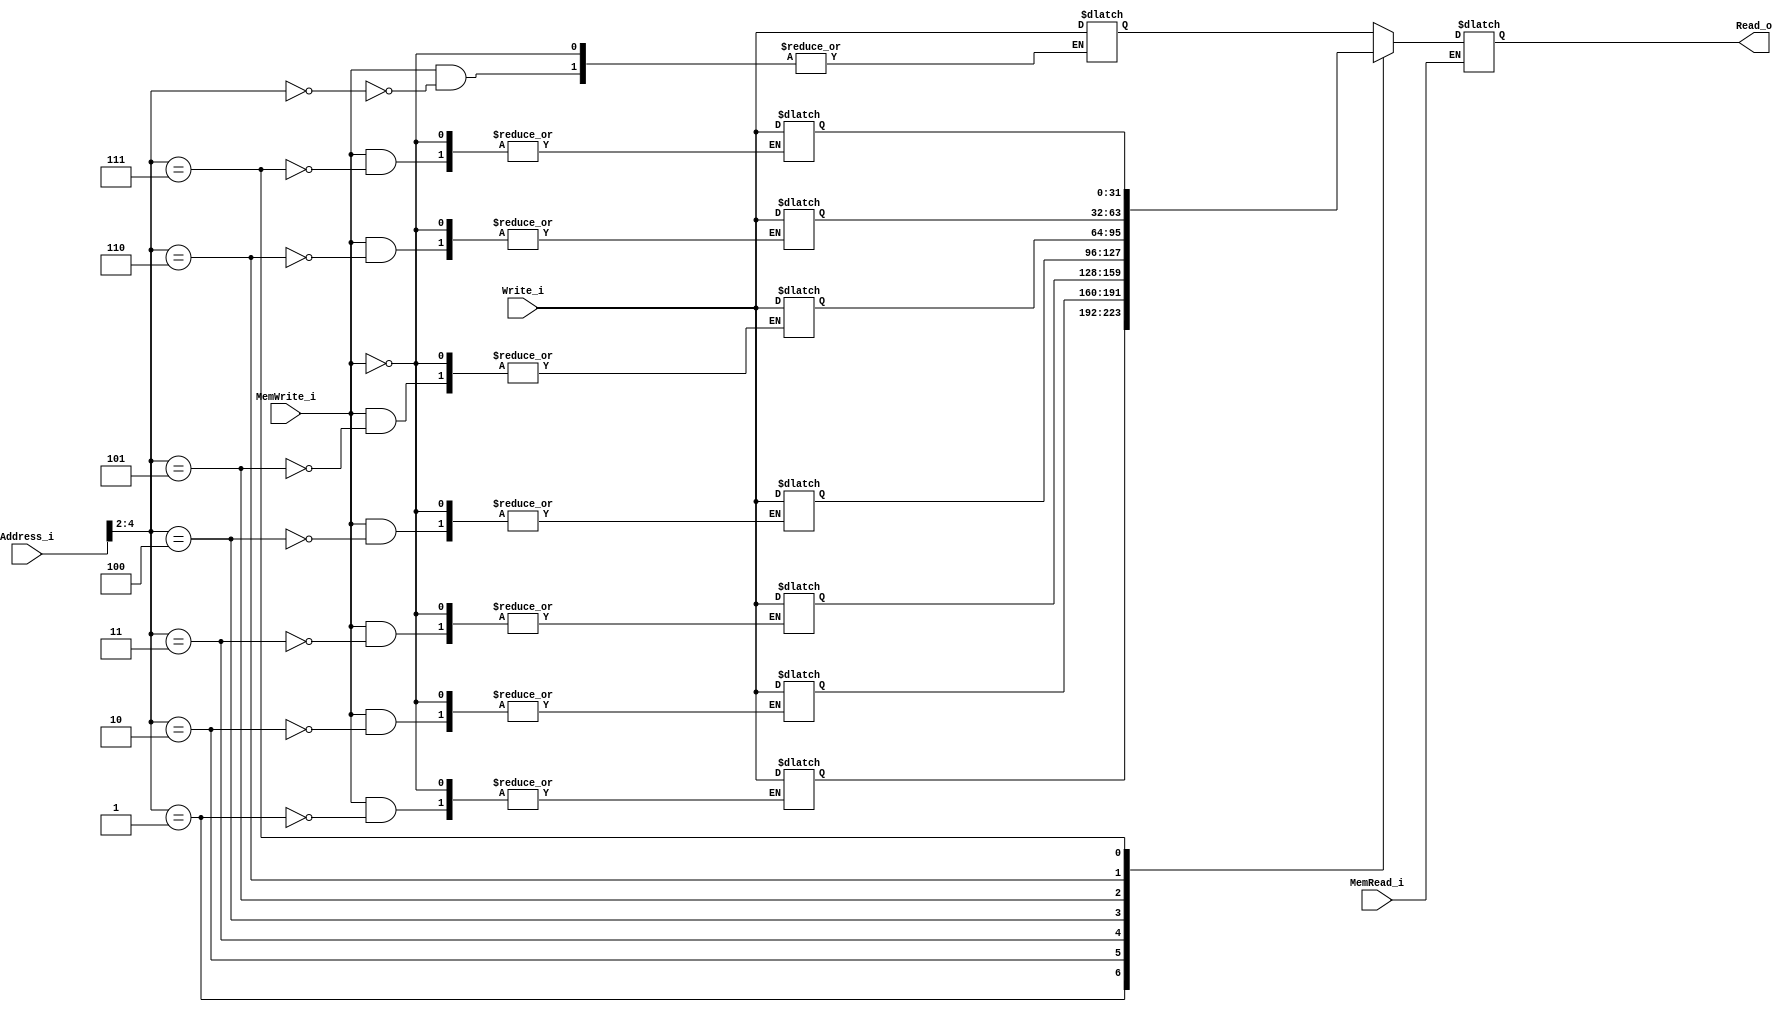
module Data_Memory
(
	Address_i,
	Write_i,
	MemWrite_i,
	MemRead_i,
	Read_o
);

input	[31:0]		Address_i;
input	[31:0]		Write_i;
input				MemWrite_i;
input				MemRead_i;
output	[31:0]		Read_o;

reg		[31:0]		memory	[0:7];
reg		[31:0]		Read_o;	

always@(MemWrite_i or MemRead_i or Address_i or Write_i) begin
	if(MemWrite_i)
		memory[Address_i>>2] <= Write_i;
	if(MemRead_i)
		Read_o <= memory[Address_i>>2];
end

endmodule